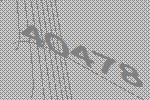
40478